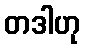
တဒါဟု